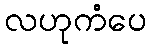
လဟုကံပေ